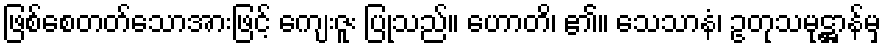
ဖြစ်စေတတ်သောအားဖြင့် ကျေးဇူး ပြုသည်။ ဟောတိ၊ ၏။ သေသာနံ၊ ဥတုသမုဋ္ဌာန်မှ